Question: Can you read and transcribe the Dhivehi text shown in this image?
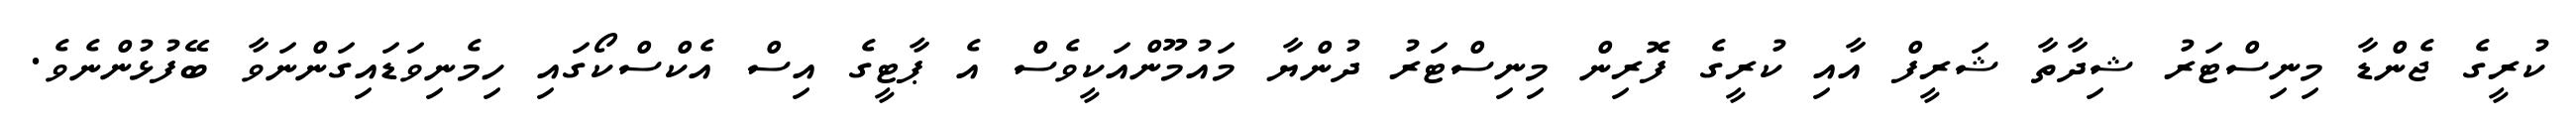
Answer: ކުރީގެ ޖެންޑާ މިނިސްޓަރު ޝިދާތާ ޝަރީފް އާއި ކުރީގެ ފޮރިން މިނިސްޓަރު ދުންޔާ މައުމޫންއަކީވެސް އެ ޕާޓީގެ އިސް އެކްސްކޯގައި ހިމެނިވަޑައިގަންނަވާ ބޭފުޅުންނެވެ.